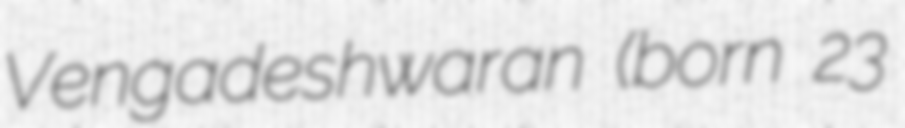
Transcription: Vengadeshwaran (born 23